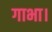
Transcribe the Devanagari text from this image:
गाभा।